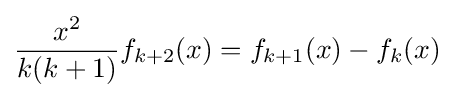
{\frac {x^{2}}{k(k+1)}}f_{k+2}(x)=f_{k+1}(x)-f_{k}(x)